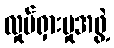
လှုပ်ရှားမှုအဖွဲ့